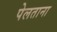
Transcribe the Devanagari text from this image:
पेलताना